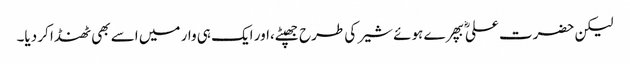
لیکن حضرت علیؓ بپھرے ہوئے شیر کی طرح جھپٹے،اور ایک ہی وار میں اسے بھی ٹھنڈا کر دیا۔